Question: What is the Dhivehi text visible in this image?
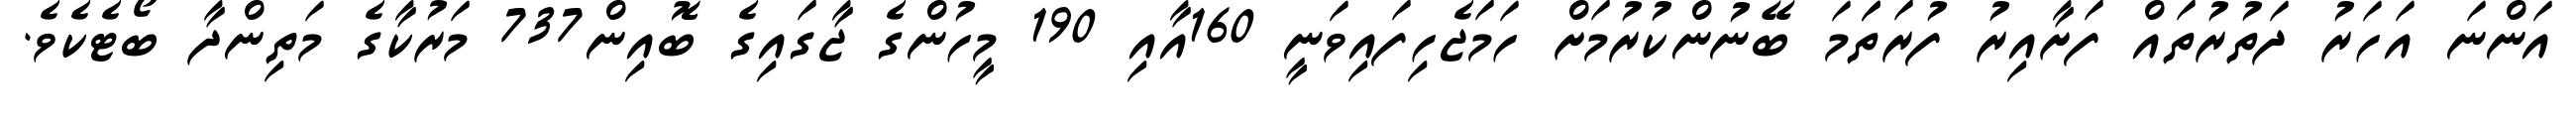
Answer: އަންނަ އަހަރު ދަތުރުތައް ފަށާއިރު ފުރަތަަމަ ބޭނުންކުރުމަށް ހަމަޖެހިފައިވަނީ 160އާއި 190 މީހުންގެ ޖާގައިގެ ބޮއިން737 މަރުކާގެ މަތިންދާ ބޯޓެކެވެ.